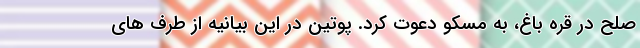
صلح در قره باغ، به مسکو دعوت کرد. پوتین در این بیانیه از طرف های